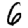
Digit: 6